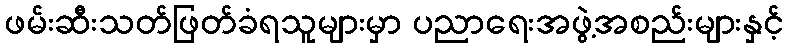
ဖမ်းဆီးသတ်ဖြတ်ခံရသူများမှာ ပညာရေးအဖွဲ့အစည်းများနှင့်